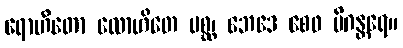
ရောဟိတော လောဟိတေ မစ္ဆ၊ ဘေဒေ စေဝ မိဂန္တရေ။